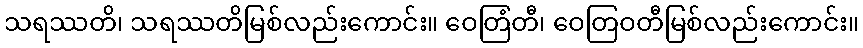
သရဿတိ၊ သရဿတိမြစ်လည်းကောင်း။ ဝေတြံတီ၊ ဝေတြဝတီမြစ်လည်းကောင်း။